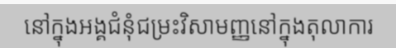
នៅក្នុងអង្គជំនុំជម្រះវិសាមញ្ញនៅក្នុងតុលាការ